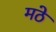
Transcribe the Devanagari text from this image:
मठे